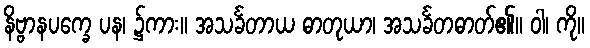
နိဗ္ဗာနပက္ခေ ပန၊ ၌ကား။ အသင်္ခတာယ ဓာတုယာ၊ အသင်္ခတဓာတ်၏။ ဝါ၊ ကို။